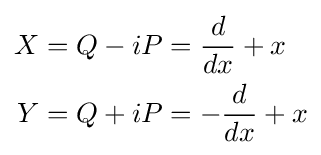
{\begin{aligned}X&=Q-iP={d \over dx}+x\\Y&=Q+iP=-{d \over dx}+x\end{aligned}}